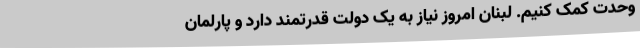
وحدت کمک کنیم. لبنان امروز نیاز به یک دولت قدرتمند دارد و پارلمان